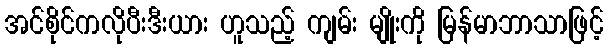
အင်စိုင်ကလိုပီးဒီးယား ဟူသည့် ကျမ်း မျိုးကို မြန်မာဘာသာဖြင့်